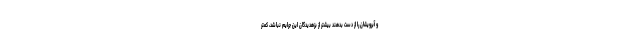
و آبرویشان را از دست بدهند بیشتر از بزهدیدگان این جرایم نباشد، کمتر